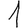
Digit: 1